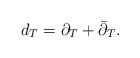
LaTeX: \begin{align*}d_T =\partial_T +\bar\partial_T.\end{align*}